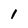
Character: I